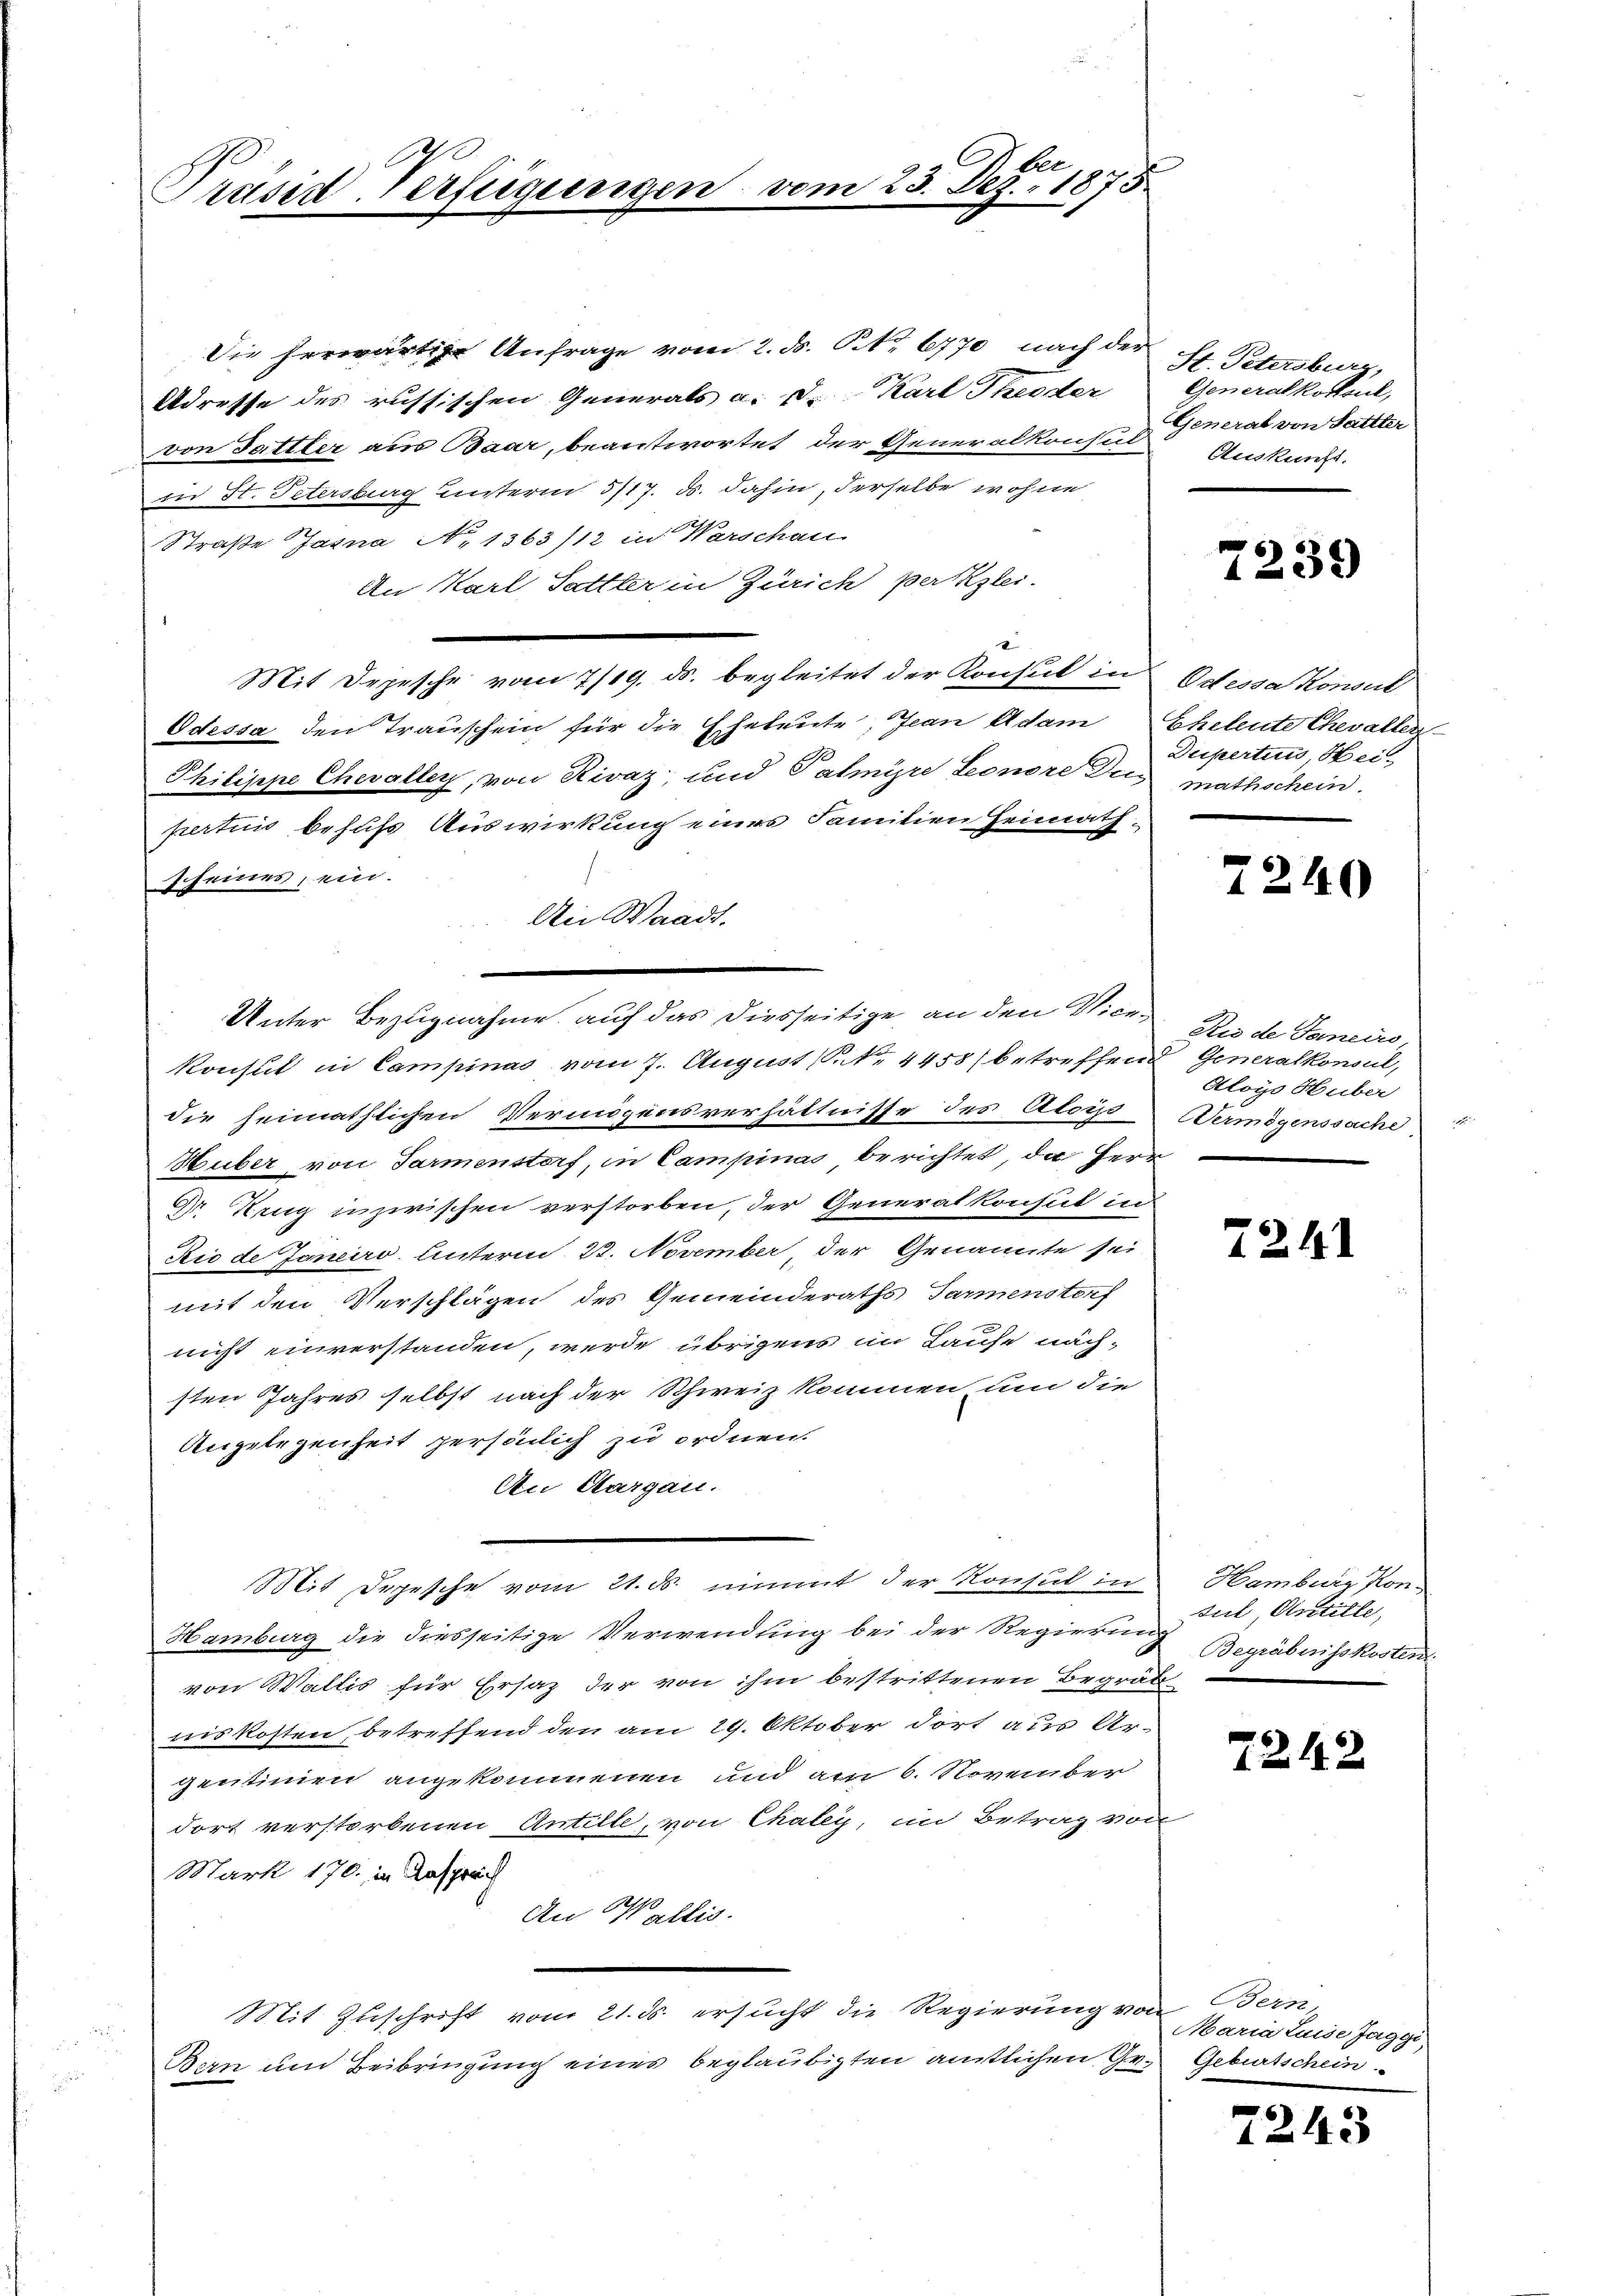
Präsia Verfügungen

Die herwärtige Anfrage vom 2. ds. No. 6770 nach der
Adresse des russischen Generals a. d. Karl Theoder
von Sattler aus Baar, beantwortet der Generalkonsul Auskunds
in St. Petersburg unterm 5/17. ds. dahin, derselbe wohne
Straße Jasna No. 1363/12 in Warschau
An Karl, Sattler in Zürich per Klei-
Mit Depesche vom 7/19. ds. begleitet der Konsul in Odessa Konsul
Odessa den Trauschein für die Eheleute, Jean Adam Eheleute Chevaller
Philippe Chevalley, von Rivaz und Fahnyre Leonore Du mathschein.
pertinis behufs Auswirkung eines Familien Heimathscheines, ein.
An Waadt.
konst in Campinas vom 7. August (N. 4458) betreffend Generalkonsul,
die heimathlichen Vermögensverhältnisse des Alois
Huber von Parmenstorf, in Campinas berichtet, da Herr
Gr. Ring inzwischen verstorben, der Generalkonsul in
Ric de Janeiro Unterm 23. November, der Genannte sei
mit den Verschlägen des Gemeinderaths Jammenstorf
nicht einverstanden, werde übrigens im Laufe näch-
sten Jahres selbst nach der Schweiz kommen um die
Angelegenheit persönlich zu ordnen.
An Aargau.
Mit Depesche vom 21. ds. nimmt der Konsul in Hamberg Kon¬
Hamburg die diesseitige Verwendung bei der Regierung Begräbniss Kosten
von Wallis für Ersatz der von ihm bestrittenen Begräb
niskosten, betreffend den am 29. Oktober dort aus Ar-
gentimen angekommenen und am 6. November
dort verstorbenen Antille, von Chaley, im Betrag von
Mark 170. in Ansprach
An Wallis.
Mit Zuschrift vom 21. ds. ersucht die Regierung von
Bern und Beibringung eines beglaubigten amtlichen Ge¬

Unter Bezugnahme auf das diesseitige, an den Vice-

em

1 No 190

St. Petersburg,
Generalkostsul,
General von Sattler

7239

Dupertius, Hei¬

7240

Die de Janeiro
Aloys Huber
Vermögenssache

72. 161

sul, Antille,

72. 12

Bern.
Maria Luise Jaggi,
Geburtschein

7243